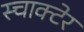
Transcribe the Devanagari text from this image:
स्चाक्टेर